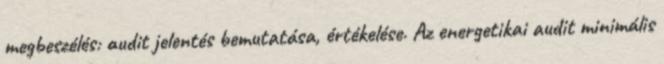
megbeszélés: audit jelentés bemutatása, értékelése. Az energetikai audit minimális